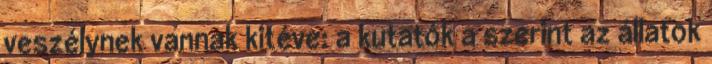
veszélynek vannak kitéve: a kutatók a szerint az állatok